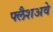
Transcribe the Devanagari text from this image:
फ्लैशअवे